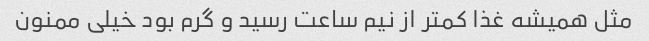
مثل همیشه غذا کمتر از نیم ساعت رسید و گرم بود خیلی ممنون